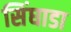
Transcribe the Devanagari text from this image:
सिंघाडा